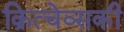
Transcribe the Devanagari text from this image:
क्रित्चेव्सकी